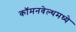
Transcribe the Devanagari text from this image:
कॉमनवेल्थमध्ये